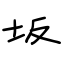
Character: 坂